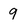
Character: 9